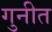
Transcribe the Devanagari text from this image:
गुनीत